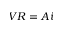
V R = A i